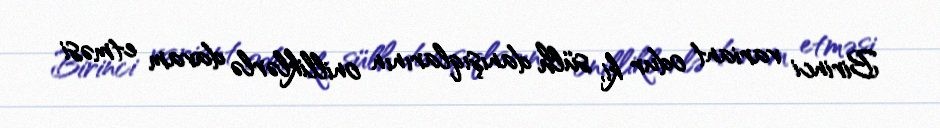
Birinci variant odur ki, sülh danışıqlarının onilliklərlə davam etməsi